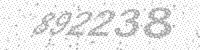
Solution: 892238